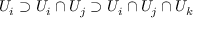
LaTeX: U _ { i } \supset U _ { i } \cap U _ { j } \supset U _ { i } \cap U _ { j } \cap U _ { k }